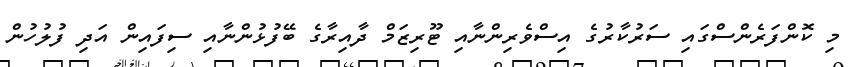
މި ކޮންފަރެންސްގައި ސަރުކާރުގެ އިސްވެރިންނާއި ޓޫރިޒަމް ދާއިރާގެ ބޭފުޅުންނާއި ސިފައިން އަދި ފުލުހުން